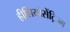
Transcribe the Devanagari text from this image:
हीलियोसेंट्रिज्म